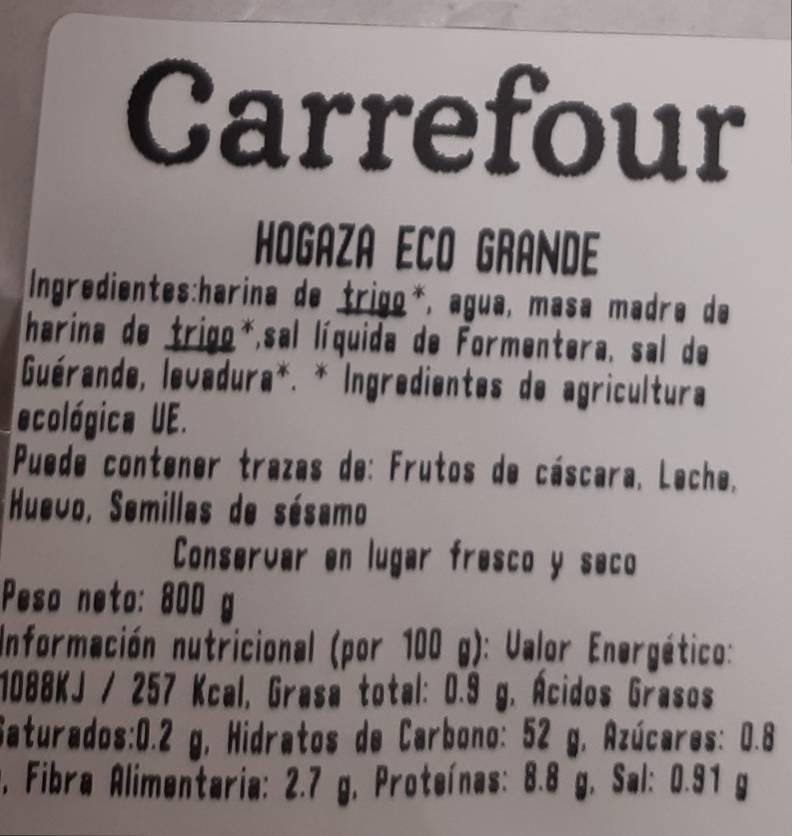
Carrefour
in
HOGAZA ECO GRANDE
Ingredientes harina de trigo*, agua, masa madro de harina de trino*,sal líquida de Formentera, sal de Guérande, louadura* * Ingradientas do agricultura acológica UE. Puede contener trazas de: Frutos de cáscara, Lache, Huevo, Semillas de sésamo
Conservar en lugar fresco y saco
Peso noto: 800 g Información nutricional (por 100 g): Valor Energético: 1088KJ/257 Kcal, Grasa total: 0.9 g. Acidos Grasos Saturados:0.2 g. Hidratos de Carbono: 52 g. Azúcares: 0.8 , Fibra Alimentaria: 2.7 g. Proteínas: 8.8 g. Sal: 0.91 g